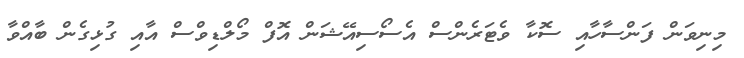
މިނިވަން ފަންސާހާއި ސޮކާ ވެޓަރެންސް އެސޯސިއޭޝަން އޮފް މޯލްޑިވްސް އާއި ގުޅިގެން ބާއްވާ